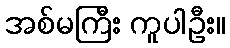
အစ်မကြီး ကူပါဦး။